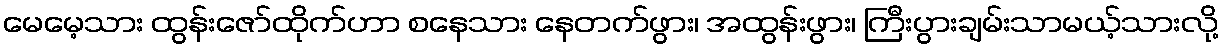
မေမေ့သား ထွန်းဇော်ထိုက်ဟာ စနေသား နေတက်ဖွား၊ အထွန်းဖွား၊ ကြီးပွားချမ်းသာမယ့်သားလို့